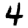
Digit: 4